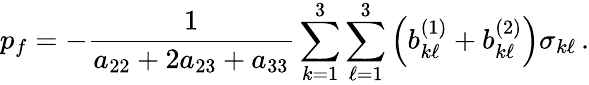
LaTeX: p_{f}=-\frac{1}{a_{22}+2a_{23}+a_{33}}\sum_{k=1}^{3}\sum_{\ell=1}^{3}\left(b_{k\ell}^{(1)}+b_{k\ell}^{(2)}\right)\sigma_{k\ell}\, .